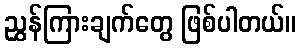
ညွှန်ကြားချက်တွေ ဖြစ်ပါတယ်။